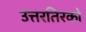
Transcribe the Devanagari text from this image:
उत्तरतिरको